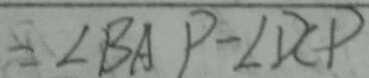
\because \angle B A P - \angle D C P